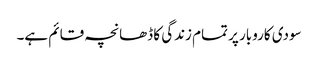
سودی کاروبار پر تمام زندگی کا ڈھانچہ قائم ہے۔